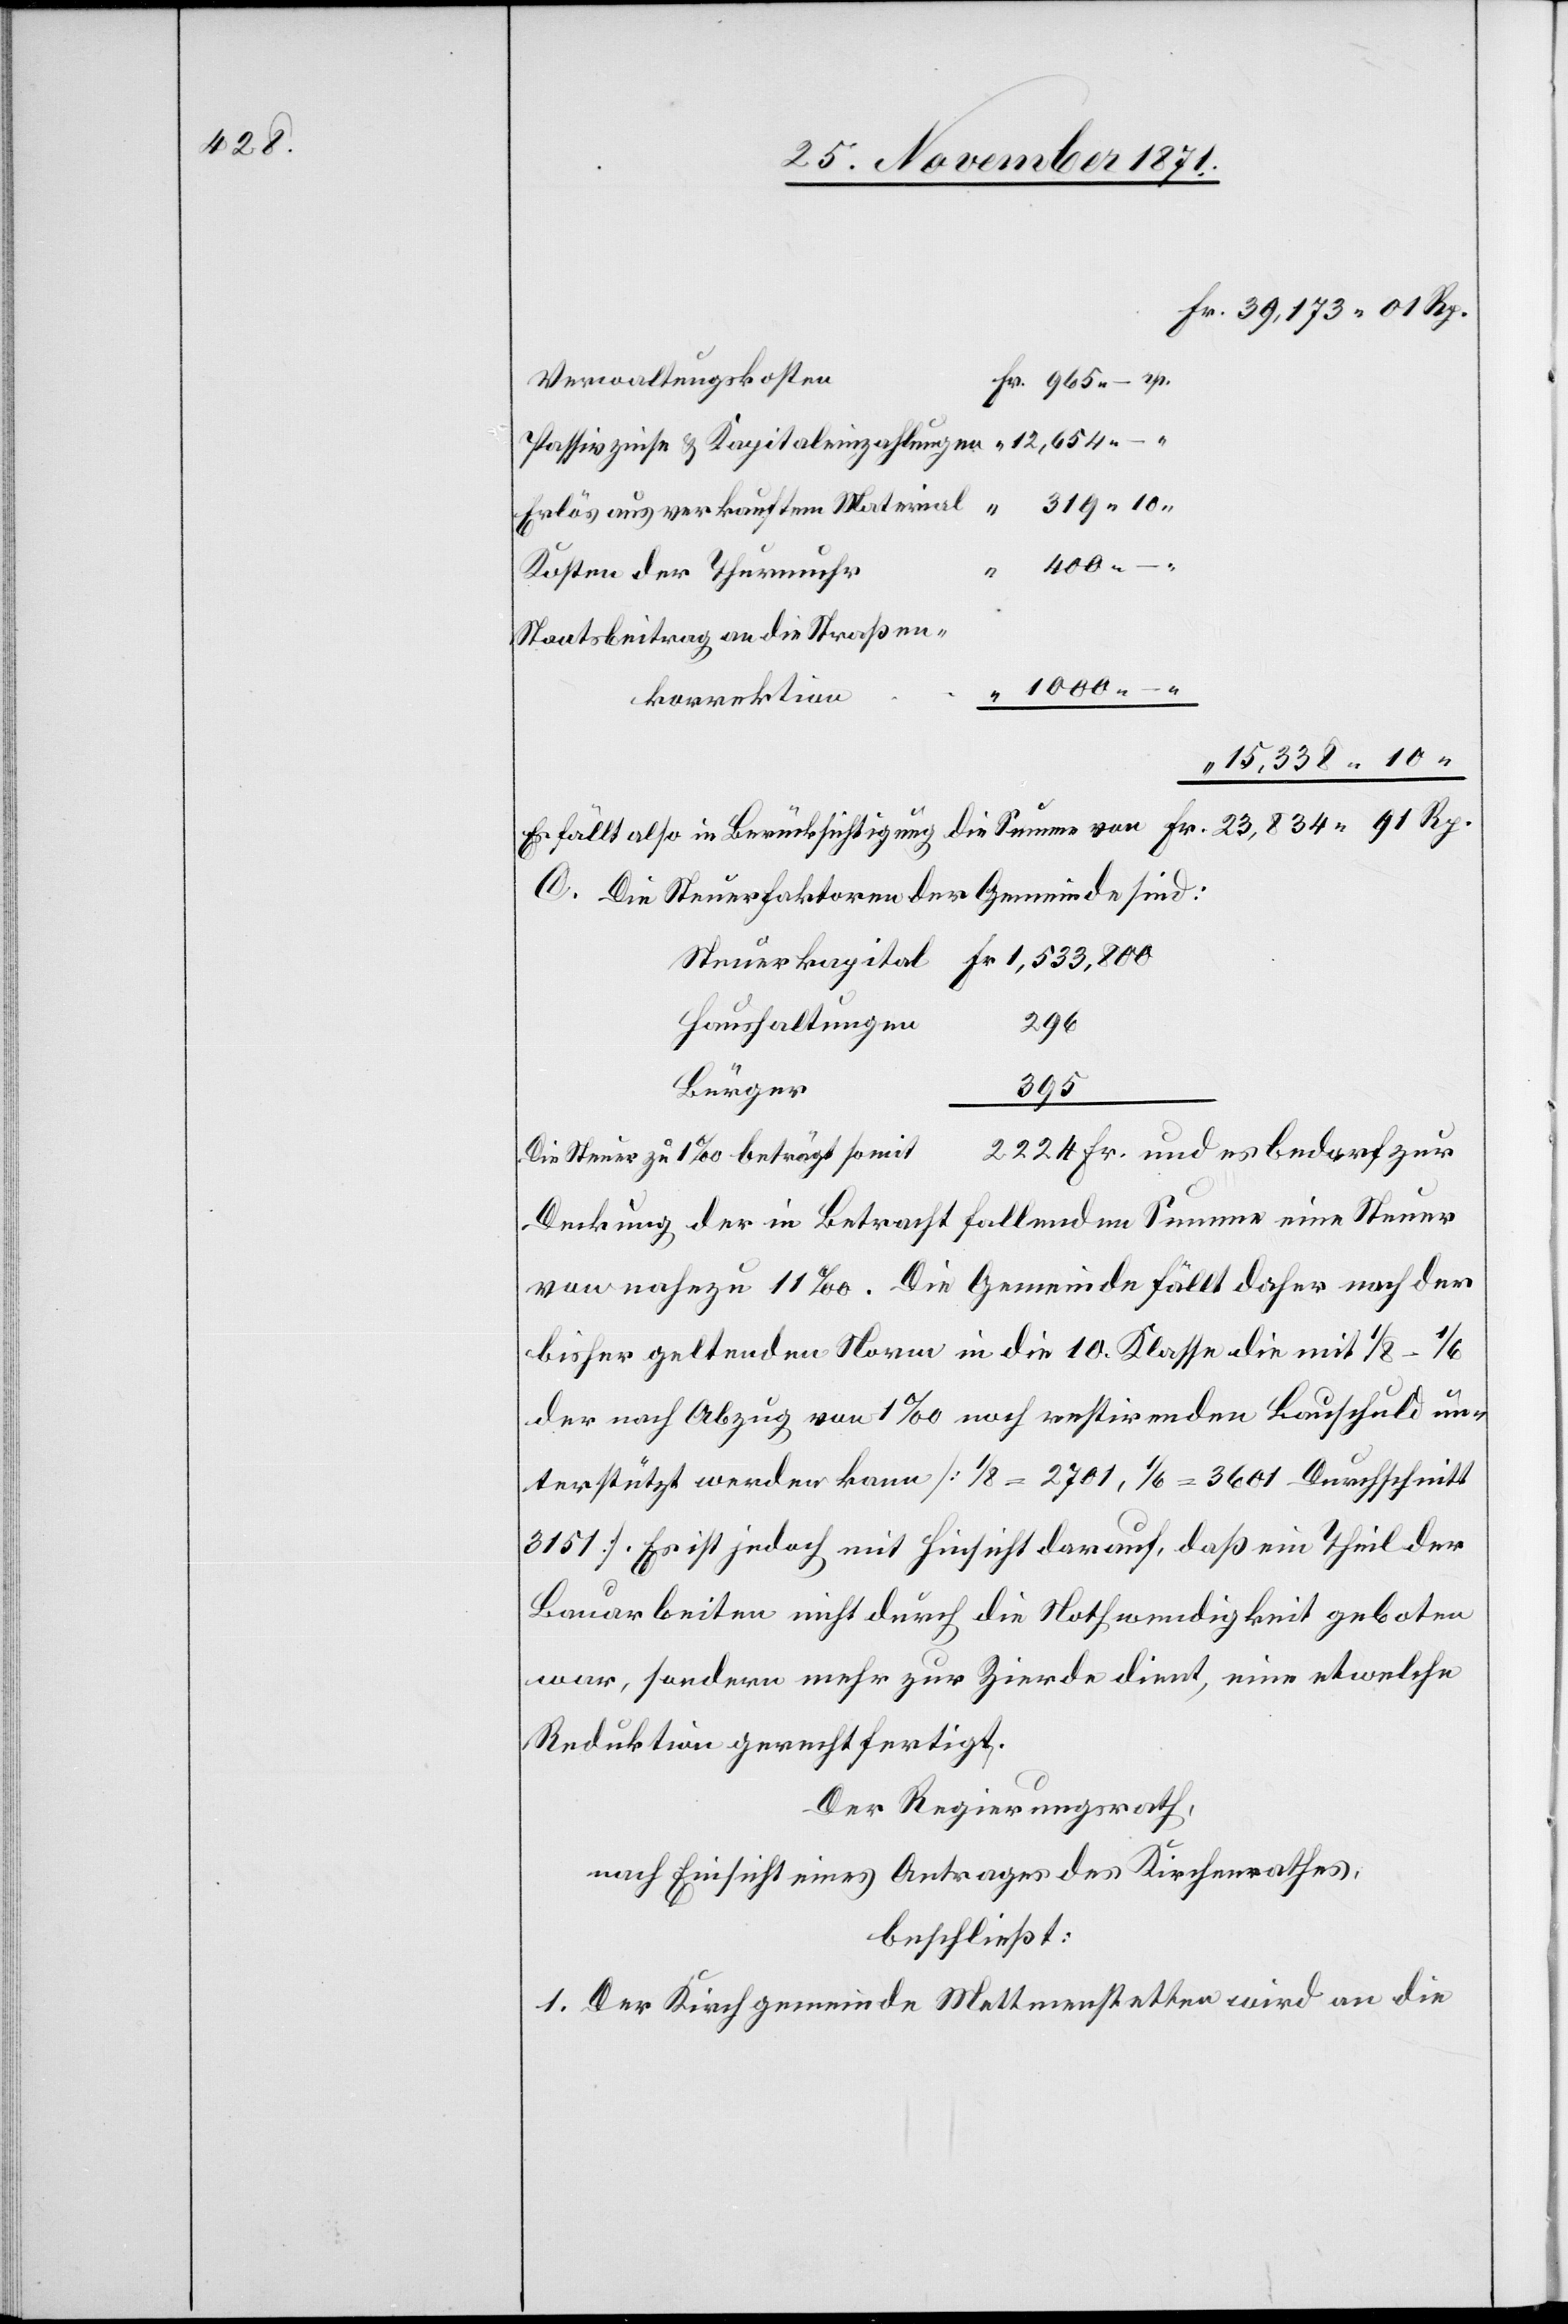
Fr. 39,173.01 p.
Verwaltungskosten
Passivzinse & Kapitaleinzahlungen
1000.
Kosten der Thurmuhr
Staatsbeitrag an die Straßen¬
korrektion
15,338.10
Es fällt also in Berücksichtigung die Summe von Fr. 23,834.91 Rp.
C. Die Steuerfaktoren der Gemeinde sind:
Haushaltungen
296
3601
Bürger
Die Steuer zu 1‰ beträgt somit 2225 Fr. und es bedarf zur
Deckung der in Betracht fallenden Summe eine Steuer
von nahezu 11‰. Die Gemeinde fällt daher nach der
bisher geltenden Norm in die 10. Klasse die mit 1/8
3151 s. Es ist jedoch mit Hinsicht darauf, daß ein Theil der
Bauarbeiten nicht durch die Nothwendigkeit geboten
war, sondern mehr zur Zierde dient, eine etwelche
Reduktion gerechtfertigt.
Der Regierungsrath,
nach Einsicht eines Antrages des Kirchenrathes,
beschließt:
1. Der Kirchgemeinde Mettmenstetten wird an die